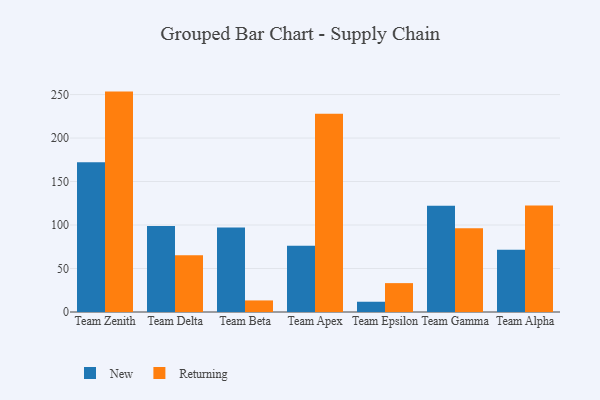
{"axis": {"x": "Team", "y": "Satisfaction Score"}, "legend": ["New", "Returning"], "data": [{"x": "Team Zenith", "y": 172.2, "type": "New"}, {"x": "Team Zenith", "y": 253.4, "type": "Returning"}, {"x": "Team Delta", "y": 98.8, "type": "New"}, {"x": "Team Delta", "y": 65.3, "type": "Returning"}, {"x": "Team Beta", "y": 97.1, "type": "New"}, {"x": "Team Beta", "y": 13.3, "type": "Returning"}, {"x": "Team Apex", "y": 76.1, "type": "New"}, {"x": "Team Apex", "y": 227.8, "type": "Returning"}, {"x": "Team Epsilon", "y": 11.8, "type": "New"}, {"x": "Team Epsilon", "y": 33.2, "type": "Returning"}, {"x": "Team Gamma", "y": 122.1, "type": "New"}, {"x": "Team Gamma", "y": 96.3, "type": "Returning"}, {"x": "Team Alpha", "y": 71.5, "type": "New"}, {"x": "Team Alpha", "y": 122.4, "type": "Returning"}]}